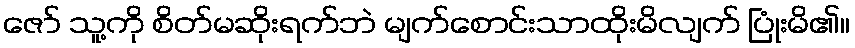
ဇော် သူ့ကို စိတ်မဆိုးရက်ဘဲ မျက်စောင်းသာထိုးမိလျက် ပြုံးမိ၏။